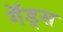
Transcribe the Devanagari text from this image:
गॅड्स